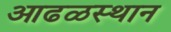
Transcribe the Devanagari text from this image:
आढळस्थान